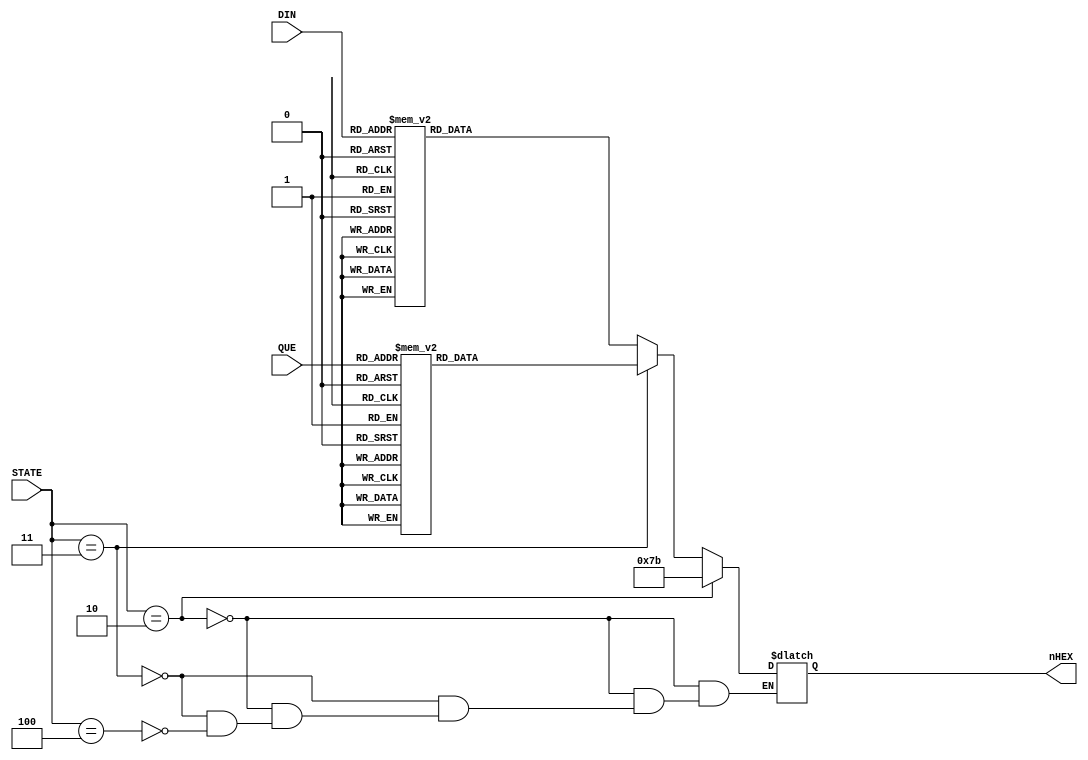
module SEG7DEC_1(
     //input CLK,
     input [3:0] STATE,
     input [3:0] DIN,//SEG_Q??4bit????????
     input [3:0] QUE,
     output reg [6:0] nHEX
);




always @* begin
    if(STATE == 4'b0010)begin//READY
        nHEX = 7'b1111011;
    end 

    else if(STATE == 4'b0011)begin//QUESTION
        case(QUE)
            4'h0:	nHEX = 7'b1000000;
            4'h1:	nHEX = 7'b1111001;
            4'h2:	nHEX = 7'b0100100;
            4'h3:	nHEX = 7'b0110000;
            4'h4:	nHEX = 7'b0011001;
            4'h5:	nHEX = 7'b0010010;
            4'h6:	nHEX = 7'b0000010;
            4'h7:	nHEX = 7'b1011000;
            4'h8:	nHEX = 7'b0000000;
            4'h9:	nHEX = 7'b0010000;
            default:nHEX = 7'b1111111;
        endcase
    end
    else if(STATE == 4'b0100)begin//INPUT
        case(DIN)
            4'h0:	nHEX = 7'b0111111;//??
            4'h1:	nHEX = 7'b0100100;//2
            4'h2:	nHEX = 7'b0110000;//3
            4'h3:	nHEX = 7'b0010010;//5
            4'h4:	nHEX = 7'b1011000;//7
            4'h5:	nHEX = 7'b1111001;//1
            4'h6:	nHEX = 7'b0110000;//3
            4'h7:	nHEX = 7'b1011000;//7
            4'h8:	nHEX = 7'b0010000;//9
            4'h9:	nHEX = 7'b0110000;//3
            default:nHEX = 7'b1111111;//?????
        endcase
    end
 

end






endmodule